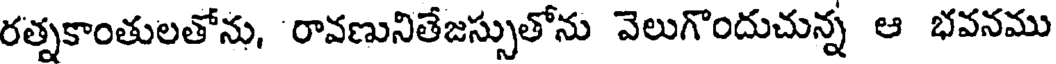
రత్నకాంతులతోను, రావణునితేజస్సుతోను వెలుగొందుచున్న ఆ భవనము